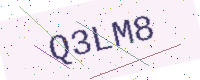
Text: Q3LM8